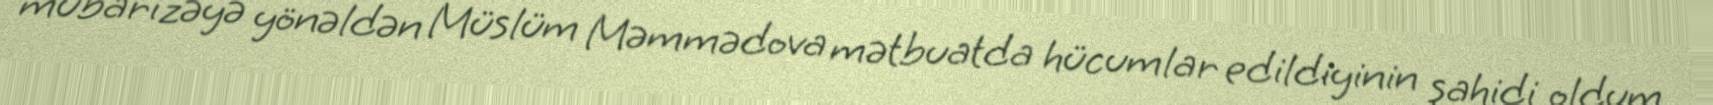
mübarizəyə yönəldən Müslüm Məmmədova mətbuatda hücumlar edildiyinin şahidi oldum